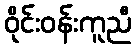
ဝိုင်းဝန်းကူညီ